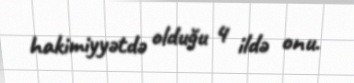
hakimiyyətdə olduğu 4 ildə onu.